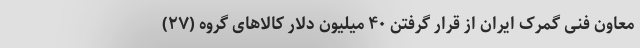
معاون فنی گمرک ایران از قرار گرفتن ۴۰ میلیون دلار کالاهای گروه (۲۷)